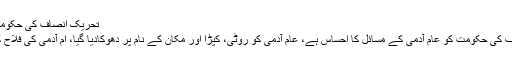
تحریک انصاف کی حکومت کو عام آدمی کے مسائل کا احساس ہے، وزیراعلیٰ پنجاب
لاہور : وزیراعلیٰ پنجاب عثمان بزدار نے کہا تحریک انصاف کی حکومت کو عام آدمی کے مسائل کا احساس ہے، عام آدمی کو روٹی، کپڑا اور مکان کے نام پر دھوکادیا گیا، ام آدمی کی فلاح کی ذمہ داری کوفرض نہیں عبادت سمجھ کرپورا کریں گے۔